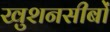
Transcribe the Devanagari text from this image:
खुशनसीबों